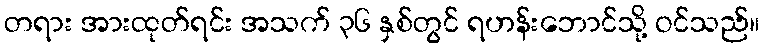
တရား အားထုတ်ရင်း အသက် ၃၆ နှစ်တွင် ရဟန်းဘောင်သို့ ဝင်သည်။